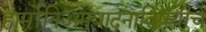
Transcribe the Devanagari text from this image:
हार्मोनिअमवादनाविषयीचे